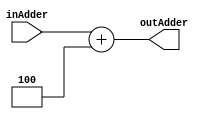
`timescale 1ns / 1ps

module adder
    (
    input [31:0] inAdder,
    output [31:0] outAdder
    );
    
    reg [31:0] constantStep = 4;
    assign outAdder = inAdder + constantStep;
    
endmodule